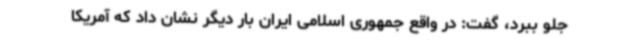
جلو ببرد، گفت: در واقع جمهوری اسلامی ایران بار دیگر نشان داد که آمریکا